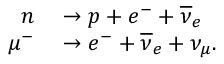
\begin{array} { r l } { n } & { { } \to p + e ^ { - } + { \overline { { \nu } } } _ { e } } \\ { \mu ^ { - } } & { { } \to e ^ { - } + { \overline { { \nu } } } _ { e } + \nu _ { \mu } . } \end{array}